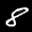
Label: 8